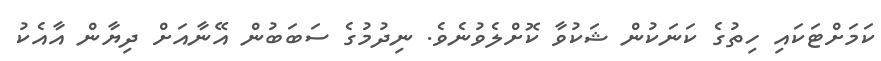
ކަމަށްޓަކައި ހިތުގެ ކަނަކުން ޝަކުވާ ކޮށްލެވުނެވެ. ނިދުމުގެ ސަބަބުން އޭނާއަށް ދިޔާން އާއެކު